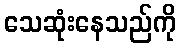
သေဆုံးနေသည်ကို